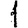
Digit: 1